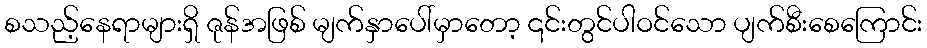
စသည့်နေရာများရှိ ဇုန်အဖြစ် မျက်နှာပေါ်မှာတော့ ၎င်းတွင်ပါဝင်သော ပျက်စီးစေကြောင်း